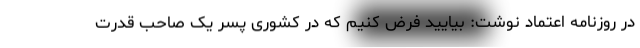
در روزنامه اعتماد نوشت: بیایید فرض کنیم که در کشوری پسر یک صاحب قدرت